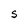
Character: S